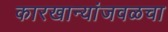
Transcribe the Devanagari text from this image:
कारखान्यांजवळचा